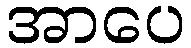
အာပေ